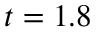
t = 1 . 8